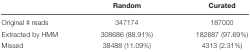
|  | Random | Curated |
 | --- | --- | --- |
 | Original # reads | 347174 | 187000 |
 | Extracted by HMM | 308686 (88.91%) | 182687 (97.69%) |
 | Missed | 38488 (11.09%) | 4313 (2.31%) |